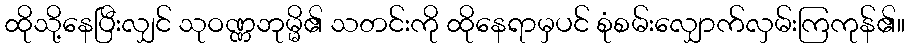
ထိုသို့နေပြီးလျှင် သုဝဏ္ဏဘုမ္မိ၏ သတင်းကို ထိုနေရာမှပင် စုံစမ်းလျှောက်လှမ်းကြကုန်၏။